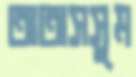
তাতাসসুম